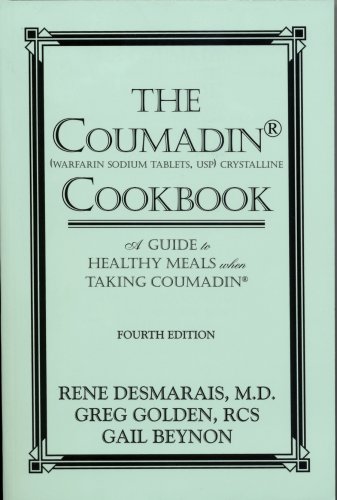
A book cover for The Coumadin Cookbook: A Guide to Healthy Meals when Taking Coumadin; Rene Desmarais; Cookbooks, Food & Wine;